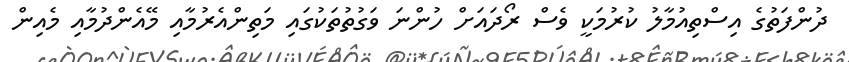
ދުންފަތުގެ އިސްތިއުމާލު ކުރުމަކީ ވެސް ރޯދައަށް ހުންނަ ވަގުތުތަކުގައި މަތިންއެރުމާއި މޭއެންދުމާއި މެއިން